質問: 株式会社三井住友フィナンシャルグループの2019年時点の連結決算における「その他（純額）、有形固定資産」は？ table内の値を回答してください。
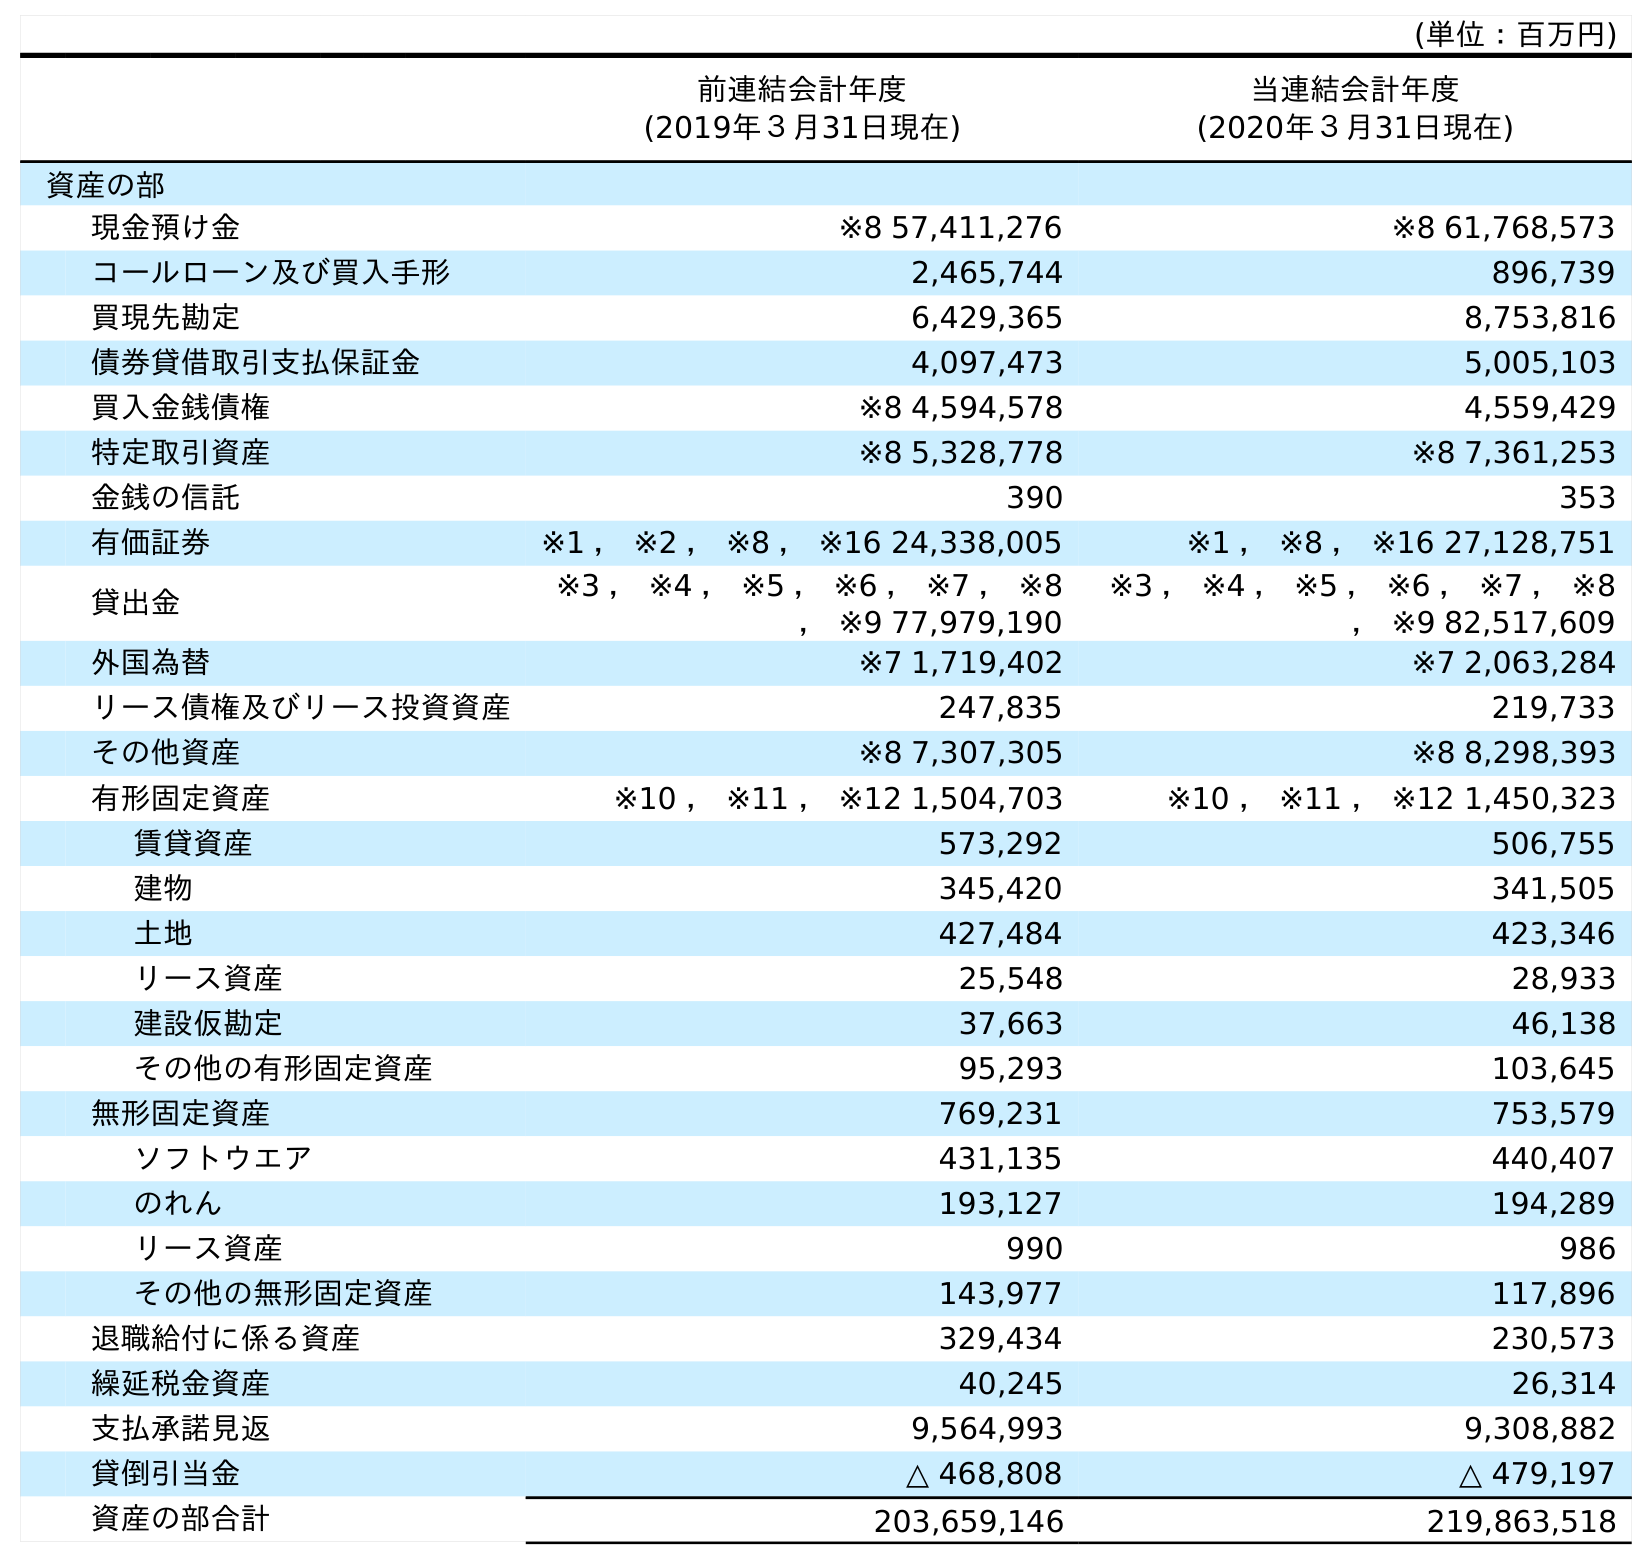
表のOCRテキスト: (単位：百万円) 前連結会計年度 (2019年３月31日現在) 当連結会計年度 (2020年３月31日現在) 資産の部 現金預け金 ※8 57,411,276 ※8 61,768,573 コールローン及び買入手形 2,465,744 896,739 買現先勘定 6,429,365 8,753,816 債券貸借取引支払保証金 4,097,473 5,005,103 買入金銭債権 ※8 4,594,578 4,559,429 特定取引資産 ※8 5,328,778 ※8 7,361,253 金銭の信託 390 353 有価証券 ※1 ， ※2 ， ※8 ， ※16 24,338,005 ※1 ， ※8 ， ※16 27,128,751 貸出金 ※3 ， ※4 ， ※5 ， ※6 ， ※7 ， ※8 ， ※9 77,979,190 ※3 ， ※4 ， ※5 ， ※6 ， ※7 ， ※8 ， ※9 82,517,609 外国為替 ※7 1,719,402 ※7 2,063,284 リース債権及びリース投資資産 247,835 219,733 その他資産 ※8 7,307,305 ※8 8,298,393 有形固定資産 ※10 ， ※11 ， ※12 1,504,703 ※10 ， ※11 ， ※12 1,450,323 賃貸資産 573,292 506,755 建物 345,420 341,505 土地 427,484 423,346 リース資産 25,548 28,933 建設仮勘定 37,663 46,138 その他の有形固定資産 95,293 103,645 無形固定資産 769,231 753,579 ソフトウエア 431,135 440,407 のれん 193,127 194,289 リース資産 990 986 その他の無形固定資産 143,977 117,896 退職給付に係る資産 329,434 230,573 繰延税金資産 40,245 26,314 支払承諾見返 9,564,993 9,308,882 貸倒引当金 △ 468,808 △ 479,197 資産の部合計 203,659,146 219,863,518
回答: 95,293